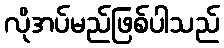
လိုအပ်မည်ဖြစ်ပါသည်